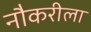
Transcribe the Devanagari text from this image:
नौकरीला